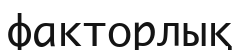
факторлық